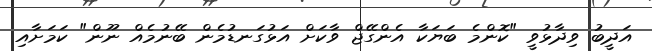
އަދީބު ވިދާޅުވީ "ކޮންމެ ބަޔަކާ އެންގޭޖް ވާކަށް އަޅުގަނޑުމެން ބޭނުމެއް ނޫން" ކަމަށާއި